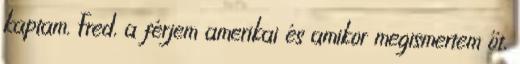
kaptam. Fred, a férjem amerikai és amikor megismertem őt,